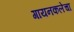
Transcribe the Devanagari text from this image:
गायनकलेचा